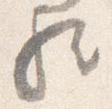
歟